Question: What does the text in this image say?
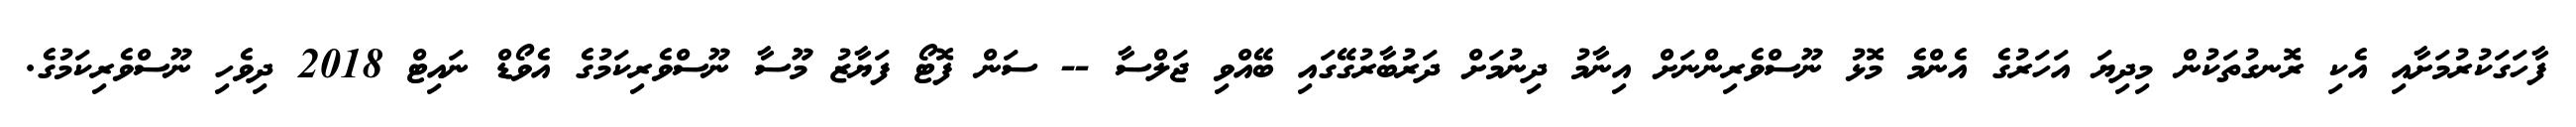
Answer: ފާހަގަކުރުމަށާއި އެކި ރޮނގުތަކުން މިދިޔަ އަހަރުގެ އެންމެ މޮޅު ނޫސްވެރިންނަށް އިނާމު ދިނުމަށް ދަރުބާރުގޭގައި ބޭއްވި ޖަލްސާ -- ސަން ފޮޓޯ ފަޔާޒު މޫސާ ނޫސްވެރިކަމުގެ އެވޯޑް ނައިޓް 2018 ދިވެހި ނޫސްވެރިކަމުގެ.